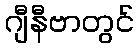
ဂျီနီဗာတွင်